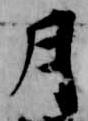
月